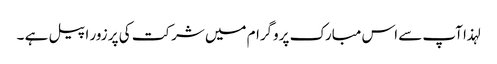
لہذا آپ سے اس مبارک پروگرام میں شرکت کی پر زور اپیل ہے ۔